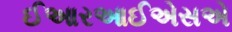
ઈઆરઆઈએસએ